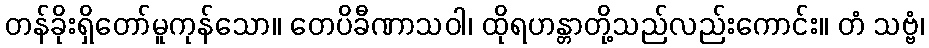
တန်ခိုးရှိတော်မူကုန်သော။ တေပိခီဏာသဝါ၊ ထိုရဟန္တာတို့သည်လည်းကောင်း။ တံ သဗ္ဗံ၊